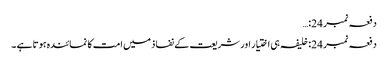
دفعہ نمبر 24:…
دفعہ نمبر 24: خلیفہ ہی اختیار اور شریعت کے نفاذ میں امت کا نمائندہ ہوتا ہے ۔